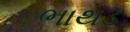
ભાથડ